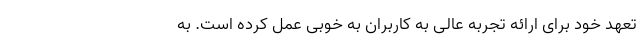
تعهد خود برای ارائه تجربه عالی به کاربران به خوبی عمل کرده است. به